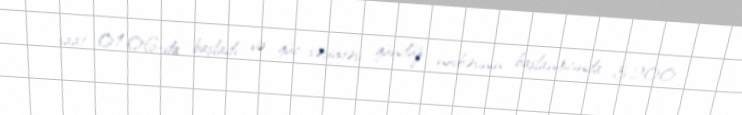
saat 01:06-da başladı və güc səviyyəsi gündüz növbəsinin başlanğıcında 3.200